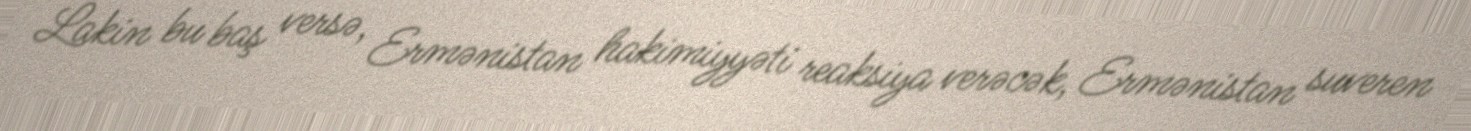
Lakin bu baş versə, Ermənistan hakimiyyəti reaksiya verəcək, Ermənistan suveren